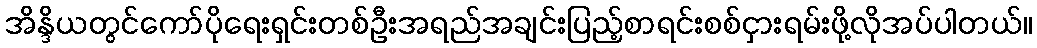
အိန္ဒိယတွင်ကော်ပိုရေးရှင်းတစ်ဦးအရည်အချင်းပြည့်စာရင်းစစ်ငှားရမ်းဖို့လိုအပ်ပါတယ်။